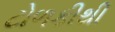
ટોળકીથી